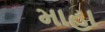
માહા